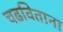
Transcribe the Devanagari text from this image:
चढविताना